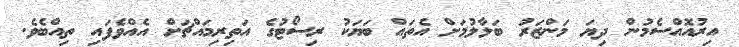
އިރުއޮއްސެމުން ދިޔަ މަންޒަރު ބަލާލުމަށް އެތައް ބަޔަކު ރިސޯޓުގެ އަތިރިމައްޗަށް އެއްވެފައި ތިއްބެވެ.